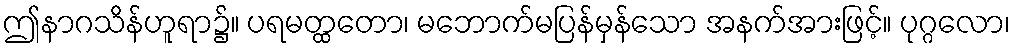
ဤနာဂသိန်ဟူရာ၌။ ပရမတ္ထတော၊ မဘောက်မပြန်မှန်သော အနက်အားဖြင့်။ ပုဂ္ဂလော၊